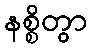
နစ္စိတွာ